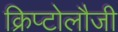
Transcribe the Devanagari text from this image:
क्रिप्टोलौजी